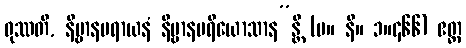
ဝုဿတိ, နိဗ္ဗာနပရာယနံ နိဗ္ဗာနပရိယောသာန”န္တိ (မ။ နိ။ ၁။၄၆၆) ဧတ္ထ